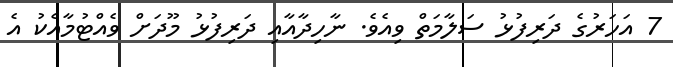
7 އަހަރުގެ ދަރިފުޅު ސަލާމަތް ވިއެވެ. ނާހިދާއާއި ދަރިފުޅު މޫދަށް ވެއްޓުމާއެކު އެ